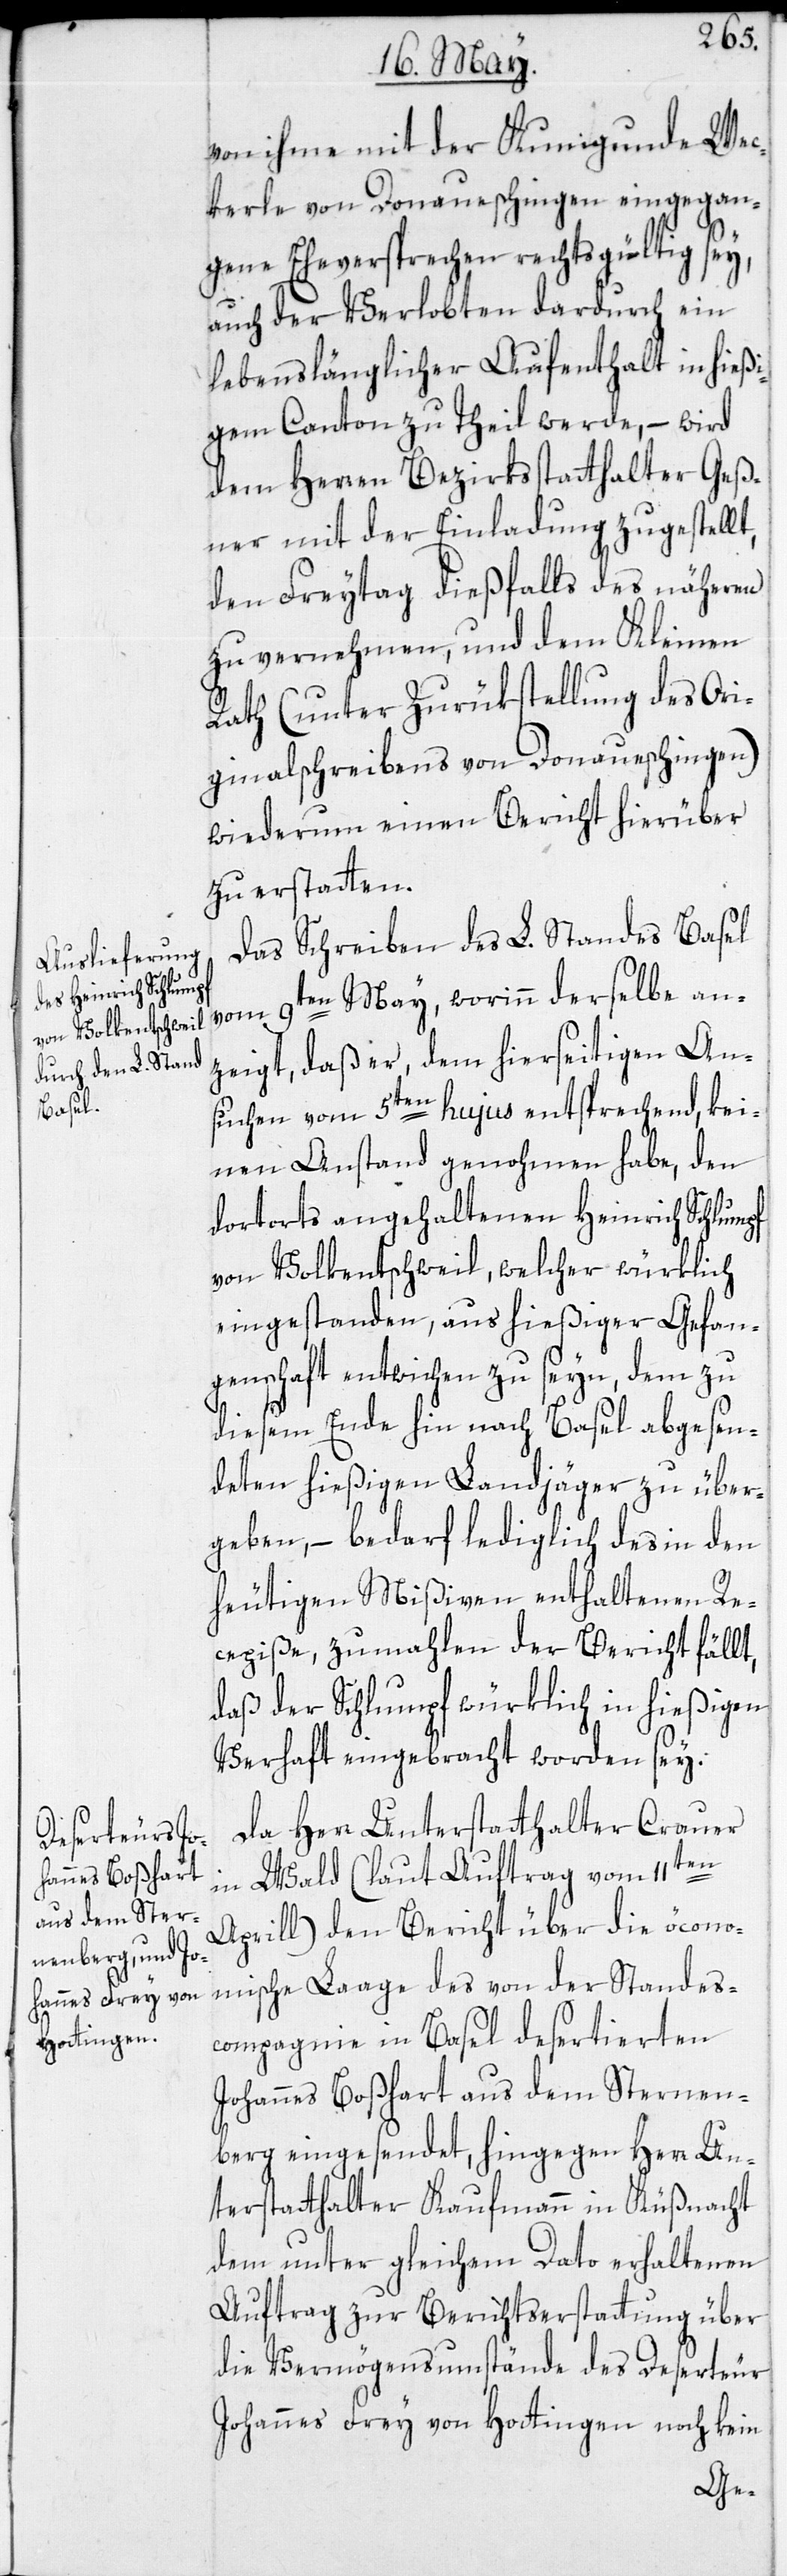
von ihme mit der Kunigunde We¬
ckerle von Donaueschingen eingegan¬
gene Eheversprechen rechtsgültig sey,
auch der Verlobten dardurch ein
lebenslänglicher Aufenthalt in hießi¬
gem Canton zu Theil werde, – wird
dem Herren Bezirksstatthalter Geß¬
ner mit der Einladung zugestellt,
den Freytag dießfalls des näheren
zu vernehmen, und dem Kleinen
Rath (unter Zurükstellung des Ori¬
ginalschreibens von Donaueschingen)
wiederum einen Bericht hierüber
zu erstatten.
Das Schreiben des L. Standes Basel
vom 9ten May, worinn derselbe an¬
zeigt, daß er, dem hierseitigen An¬
suchen vom 5ten hujus entsprechend, kei¬
nen Anstand genohmen habe, den
dortorts angehaltenen Heinrich Schlumpf
von Volkentschweil, welcher würklich
eingestanden, aus hießiger Gefan¬
genschaft entwichen zu seyn, dem zu
diesem Ende hin nach Basel abgesen¬
deten hießigen Landjäger zu über¬
geben, – bedarf lediglich des in den
heutigen Mißiven enthaltenen Re¬
cepiße, zumahlen der Bericht fällt,
daß der Schlumpf würklich in hießigen
Verhaft eingebracht worden sey.
Da Herr Unterstatthalter Crauer
in Wald (laut Auftrag vom 11ten
Aprill) den Bericht über die öcono¬
mische Laage des von der Standes¬
compagnie in Basel desertierten
Johannes Boßhart aus dem Sternen¬
berg eingesendet, hingegen Herr Un¬
terstatthalter Kaufmann in Küßnacht
dem unter gleichem Dato erhaltenen
Auftrag zur Berichtserstattung über
die Vermögensumstände des Deserteur
Johannes Frey von Hottingen noch kein